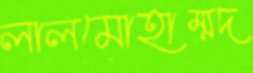
লালমোহাম্মদ